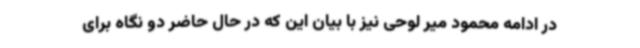
در ادامه محمود میر لوحی نیز با بیان این که در حال حاضر دو نگاه برای